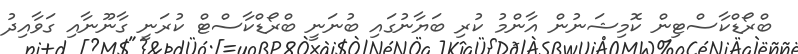
ބްރޯޑްކާސްޓިން ކޮމިޝަނުން އާންމު ކުރި ބަޔާނުގައި ބުނަނީ ބްރޯޑްކާސްޓް ކުރަނީ ގާނޫނާއި ގަވާއިދު